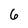
Character: 6